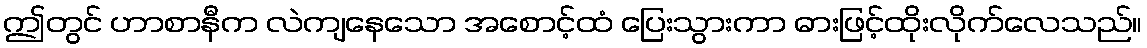
ဤတွင် ဟာစာနီက လဲကျနေသော အစောင့်ထံ ပြေးသွားကာ ဓားဖြင့်ထိုးလိုက်လေသည်။